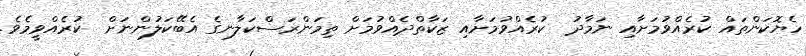
ހެޔޮކަންތައް ކުރެއްވުމަށާއި ނަމާދު  ކުރެއްވުމަށާއި ޒަކާތްދެއްވުމަށް ތިމަންރަސްކަލާނގެ އެބޭކަލުންނަށް  ކުރެއްވީމެވެ.